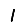
Digit: 1